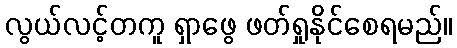
လွယ်လင့်တကူ ရှာဖွေ ဖတ်ရှုနိုင်စေရမည်။